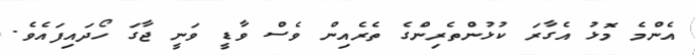
އެންމެ މޮޅު އެގާރަ ކުޅުންތެރިންގެ ތެރެއިން ވެސް ވާޑީ ވަނީ ޖާގަ ހޯދައިފައެވެ.